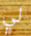
لي